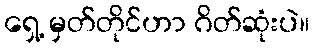
ရှေ့ မှတ်တိုင်ဟာ ဂိတ်ဆုံးပဲ။